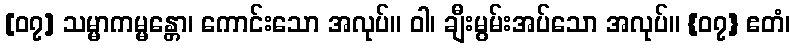
[၀၇] သမ္မာကမ္မန္တော၊ ကောင်းသော အလုပ်။ ဝါ၊ ချီးမွမ်းအပ်သော အလုပ်။ {၀၇} ဧတံ၊